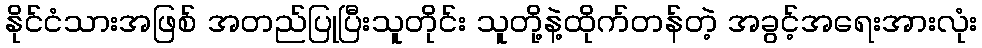
နိုင်ငံသားအဖြစ် အတည်ပြုပြီးသူတိုင်း သူတို့နဲ့ထိုက်တန်တဲ့ အခွင့်အရေးအားလုံး